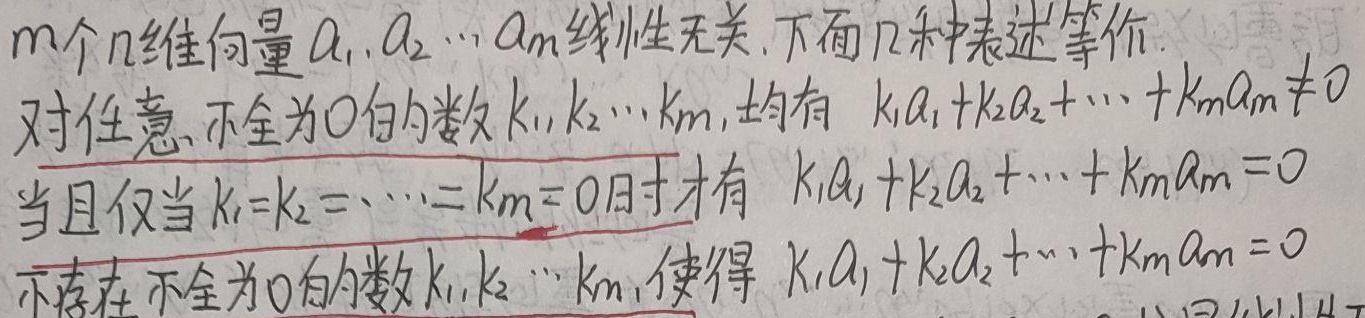
\(m\) 个 \(n\) 维向量 \(\alpha_{1},\alpha_{2},\cdots,\alpha_{m}\) 线性无关，下面几种表述等价：
- 对任意不全为 \(0\) 的数 \(k_{1},k_{2},\cdots,k_{m}\)，均有
\[k_{1}\alpha_{1}+k_{2}\alpha_{2}+\cdots + k_{m}\alpha_{m}\neq0\]
- 当且仅当 \(k_{1}=k_{2}=\cdots =k_{m}=0\) 时才有
\[k_{1}\alpha_{1}+k_{2}\alpha_{2}+\cdots + k_{m}\alpha_{m}=0\]
- 不存在不全为 \(0\) 的数 \(k_{1},k_{2},\cdots,k_{m}\)，使得
\[k_{1}\alpha_{1}+k_{2}\alpha_{2}+\cdots + k_{m}\alpha_{m}=0\]